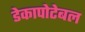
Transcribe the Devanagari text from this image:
डेकापोटेबल